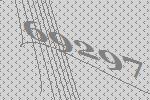
69297